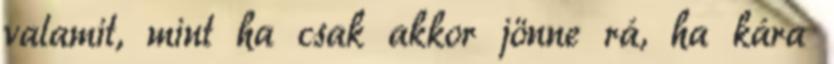
valamit, mint ha csak akkor jönne rá, ha kára